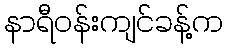
နာရီဝန်းကျင်ခန့်က